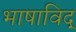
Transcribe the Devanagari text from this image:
भाषाविद्‍